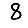
Digit: 8